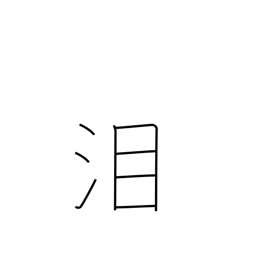
Meaning: tears